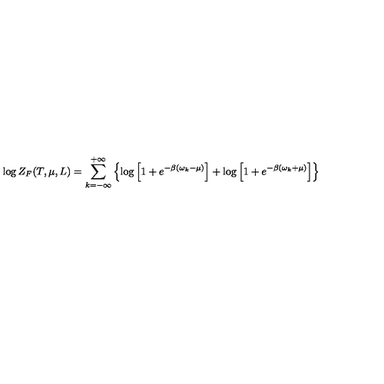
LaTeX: \log Z _ { F } ( T , \mu , L ) = \sum _ { k = - \infty } ^ { + \infty } \left\{ \log \left[ 1 + e ^ { - \beta ( \omega _ { k } - \mu ) } \right] + \log \left[ 1 + e ^ { - \beta ( \omega _ { k } + \mu ) } \right] \right\}